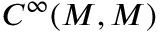
C ^ { \infty } ( M , M )